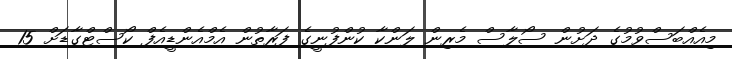
މިއެއްބަސްވުމުގެ ދަށުން ސޯލާސް މެރިން ލަންކާ ކުންފުނީގެ ފަރާތުން އެމްއެންޑީއެފް ކޯސްޓްގާޑަށް 15